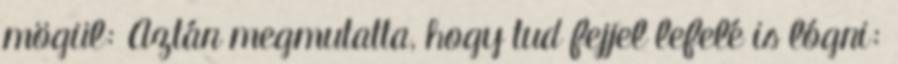
mögül: Aztán megmutatta, hogy tud fejjel lefelé is lógni: